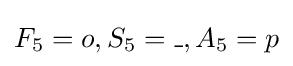
F_{5}=o,S_{5}=\_,A_{5}=p